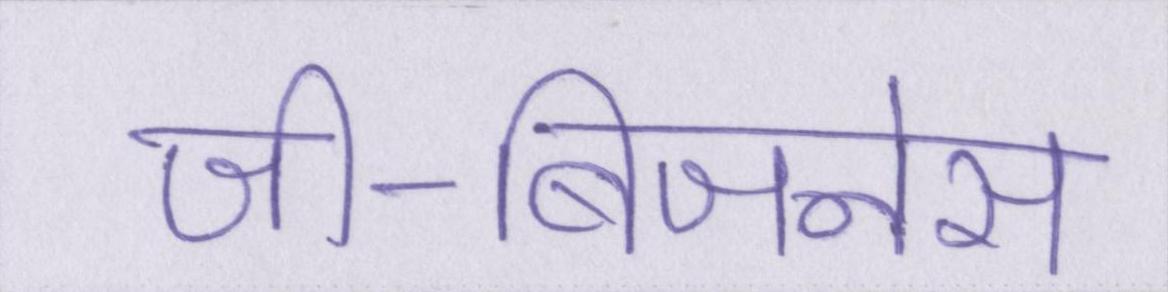
जी-बिजनेस